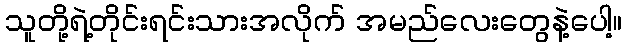
သူတို့ရဲ့တိုင်းရင်းသားအလိုက် အမည်လေးတွေနဲ့ပေါ့။